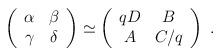
LaTeX: \begin{align*}\left(\begin{array}{cc}\alpha & \beta \\\gamma & \delta \\\end{array}\right)\simeq\left(\begin{array}{cc}qD & B \\A & C/q \\\end{array}\right)\;.\end{align*}